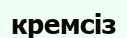
кремсіз